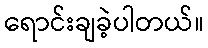
ရောင်းချခဲ့ပါတယ်။